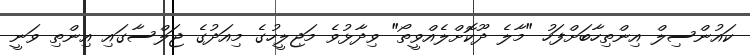
ކައުންސިލް އިންތިހާބަށްފަހު "މާލެ ދޫކޮށްލެއްވީތޯ" ވިދާޅުވެ މަޖިލީހުގެ މިއަދުގެ ޖަލްސާގައި އިންތި ވަނީ